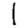
Digit: 1